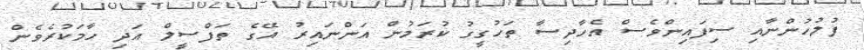
ފުލުހުންނާއި ސިފައިންވެސް އެހާދިސާ ތަހުގީގު ކުރަމުން އަންނައިރު އޭގެ ތަފްސީލް އަދި ހާމަކުރެވެން